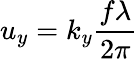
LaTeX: {{u}_{y}}={{k}_{y}}\frac{f\lambda}{2\pi}